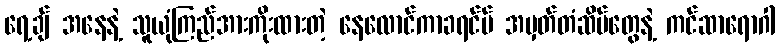
ရေ့ချ် အနေနဲ့ သူယုံကြည်အားကိုးထားတဲ့ နေလောင်ကာခရင်မ် အမှတ်တံဆိပ်တွေနဲ့ ကင်ဆာရောဂါ